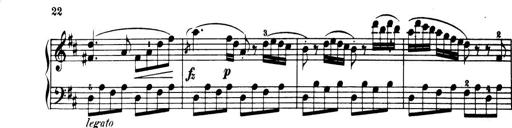
Title: 32 Sonatinas and Rondos for the Piano
Composer: Richard Kleinmichel